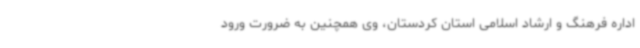
اداره فرهنگ و ارشاد اسلامی استان کردستان، وی همچنین به ضرورت ورود